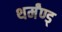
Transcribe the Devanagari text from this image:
थर्मंण्ड्